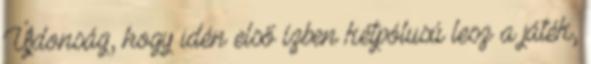
Újdonság, hogy idén első ízben kétpólusú lesz a játék,